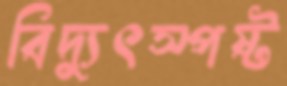
বিদ্যুৎস্পষ্ট